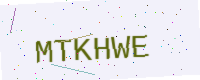
Text: MTKHWE